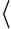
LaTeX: \langle